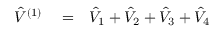
\begin{array} { r l r } { \hat { V } ^ { ( 1 ) } } & { { } = } & { \hat { V } _ { 1 } + \hat { V } _ { 2 } + \hat { V } _ { 3 } + \hat { V } _ { 4 } } \end{array}